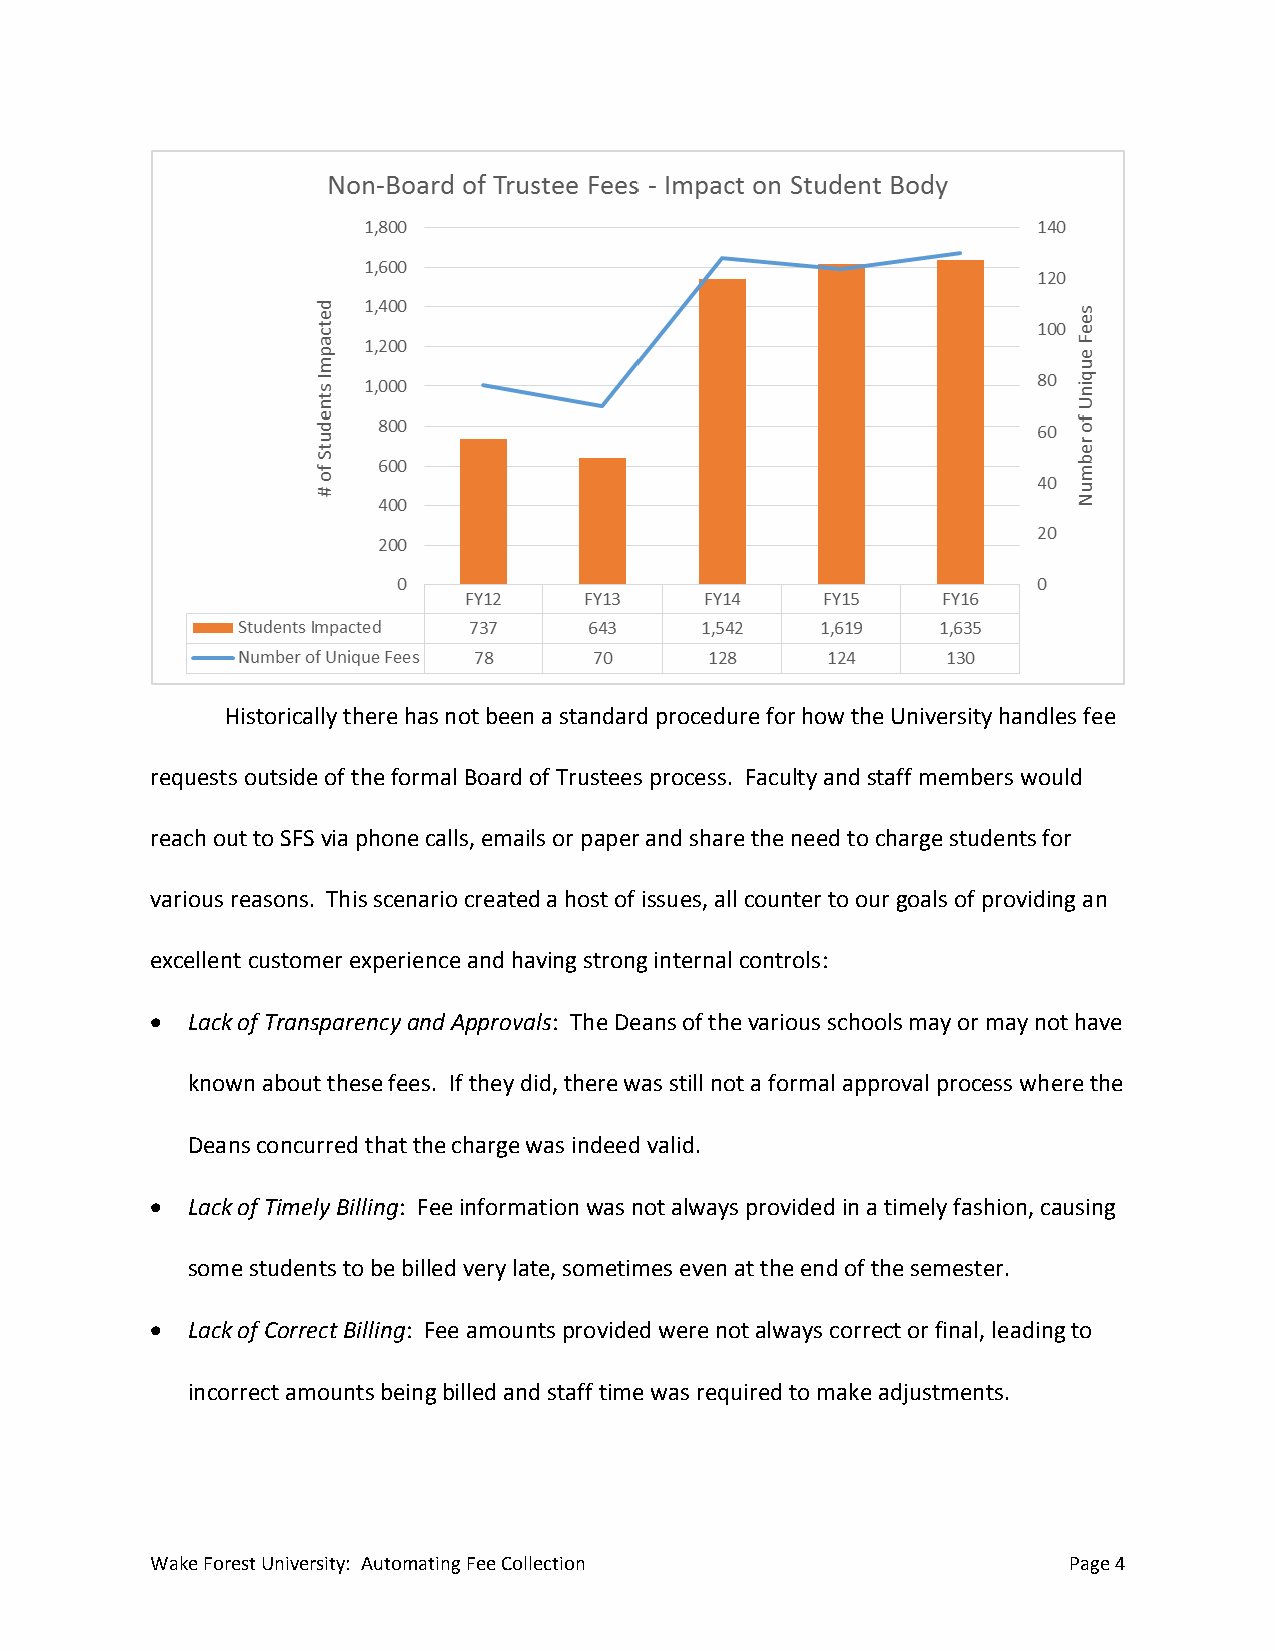
Historically there has not been a standard procedure for how the University handles fee
 requests outside of the formal Board of Trustees process. Faculty and staff members would
 reach out to SFS via phone calls, emails or paper and share the need to charge students for
 various reasons. This scenario created a host of issues, all counter to our goals of providing an
 excellent customer experience and having strong internal controls:
  Lack of Transparency and Approvals: The Deans of the various schools may or may not have
 known about these fees. If they did, there was still not a formal approval process where the
 Deans concurred that the charge was indeed valid.
  Lack of Timely Billing: Fee information was not always provided in a timely fashion, causing
 some students to be billed very late, sometimes even at the end of the semester.
  Lack of Correct Billing: Fee amounts provided were not always correct or final, leading to
 incorrect amounts being billed and staff time was required to make adjustments.
 Wake Forest University: Automating Fee Collection            Page 4